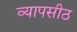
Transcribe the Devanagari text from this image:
व्यापसीठ